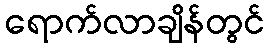
ရောက်လာချိန်တွင်